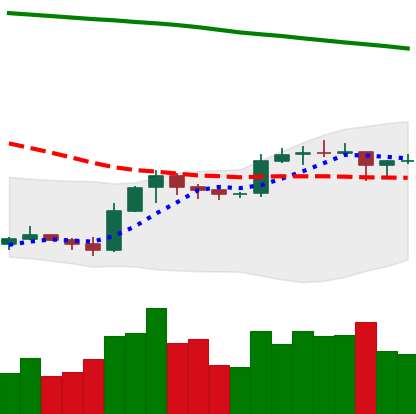
Ticker: EOS-USD
Chart end date: 2019-09-21
Forward return: -29.82%
Label: down_7plus